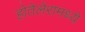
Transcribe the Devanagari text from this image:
होतेलेरामध्ये